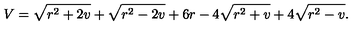
V = \sqrt { r ^ { 2 } + 2 v } + \sqrt { r ^ { 2 } - 2 v } + 6 r - 4 \sqrt { r ^ { 2 } + v } + 4 \sqrt { r ^ { 2 } - v } .